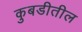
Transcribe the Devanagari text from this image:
कुबडीतील